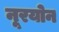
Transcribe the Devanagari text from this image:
नूरयोन